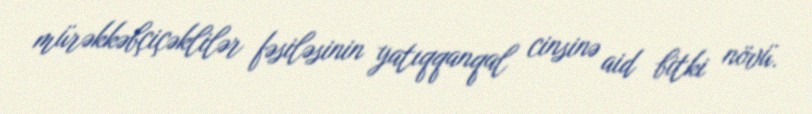
mürəkkəbçiçəklilər fəsiləsinin yatıqqanqal cinsinə aid bitki növü.